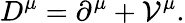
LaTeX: D^{\mu}=\partial^{\mu}+{\cal V}^{\mu}.